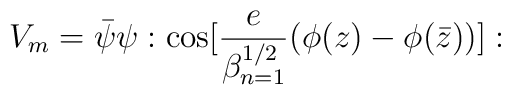
V_m = {\bar \psi} \psi : {\rm cos} [{e \over \beta^{1/2}_{n=1}}(\phi(z) - \phi({\bar z}))]: